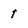
Character: 1